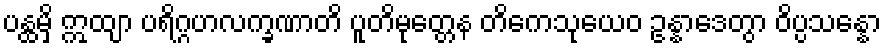
ပန္ထမှိ ဣထျာ ပရိဂ္ဂဟလက္ခဏာတိ ပူတိမုတ္တေန တိကေသုယေဝ ဥန္နာဒေတွာ ဝိပ္ပသန္နော